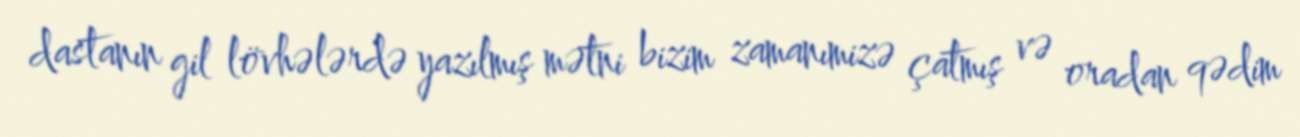
dastanın gil lövhələrdə yazılmış mətni bizim zamanımizə çatmış və oradan qədim